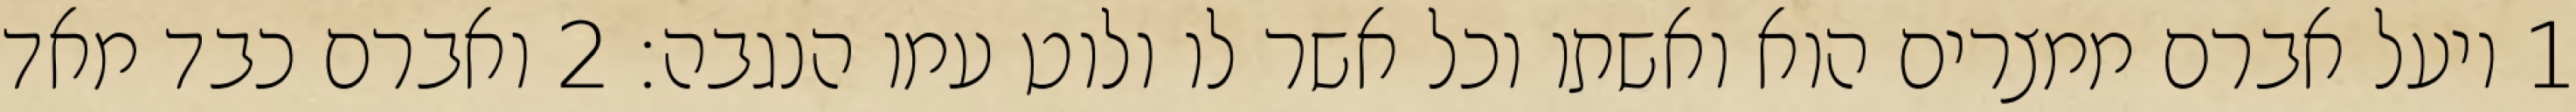
1 ויעל אברם ממצרים הוא ואשתו וכל אשר לו ולוט עמו הנגבה׃ ‎2‏ ואברם כבד מאד